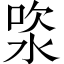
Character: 𣵯